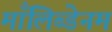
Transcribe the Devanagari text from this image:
माँलिब्डेनम